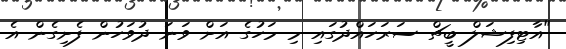
"އާޓިފިޝަލް ބީޗް ސަރަހައްދުގައި މި މަހުގެ އަށް ވަނަ ދުވަހުން ފެށިގެން އެ